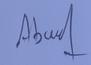
Signature authenticity: forged